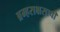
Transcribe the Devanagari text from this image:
ब्रम्हराक्षसाची